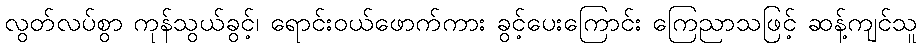
လွတ်လပ်စွာ ကုန်သွယ်ခွင့်၊ ရောင်းဝယ်ဖောက်ကား ခွင့်ပေးကြောင်း ကြေညာသဖြင့် ဆန့်ကျင်သူ